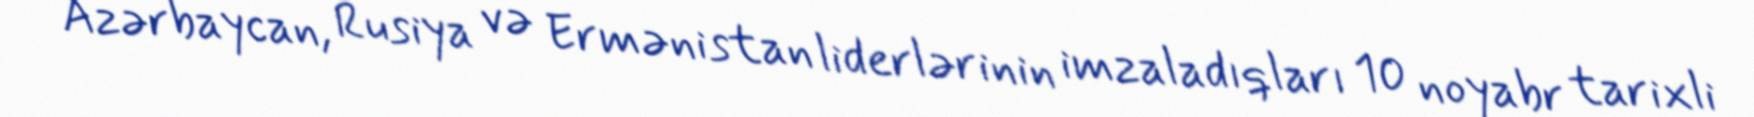
Azərbaycan, Rusiya və Ermənistan liderlərinin imzaladıqları 10 noyabr tarixli